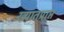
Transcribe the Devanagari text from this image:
ख्यातप्राप्त